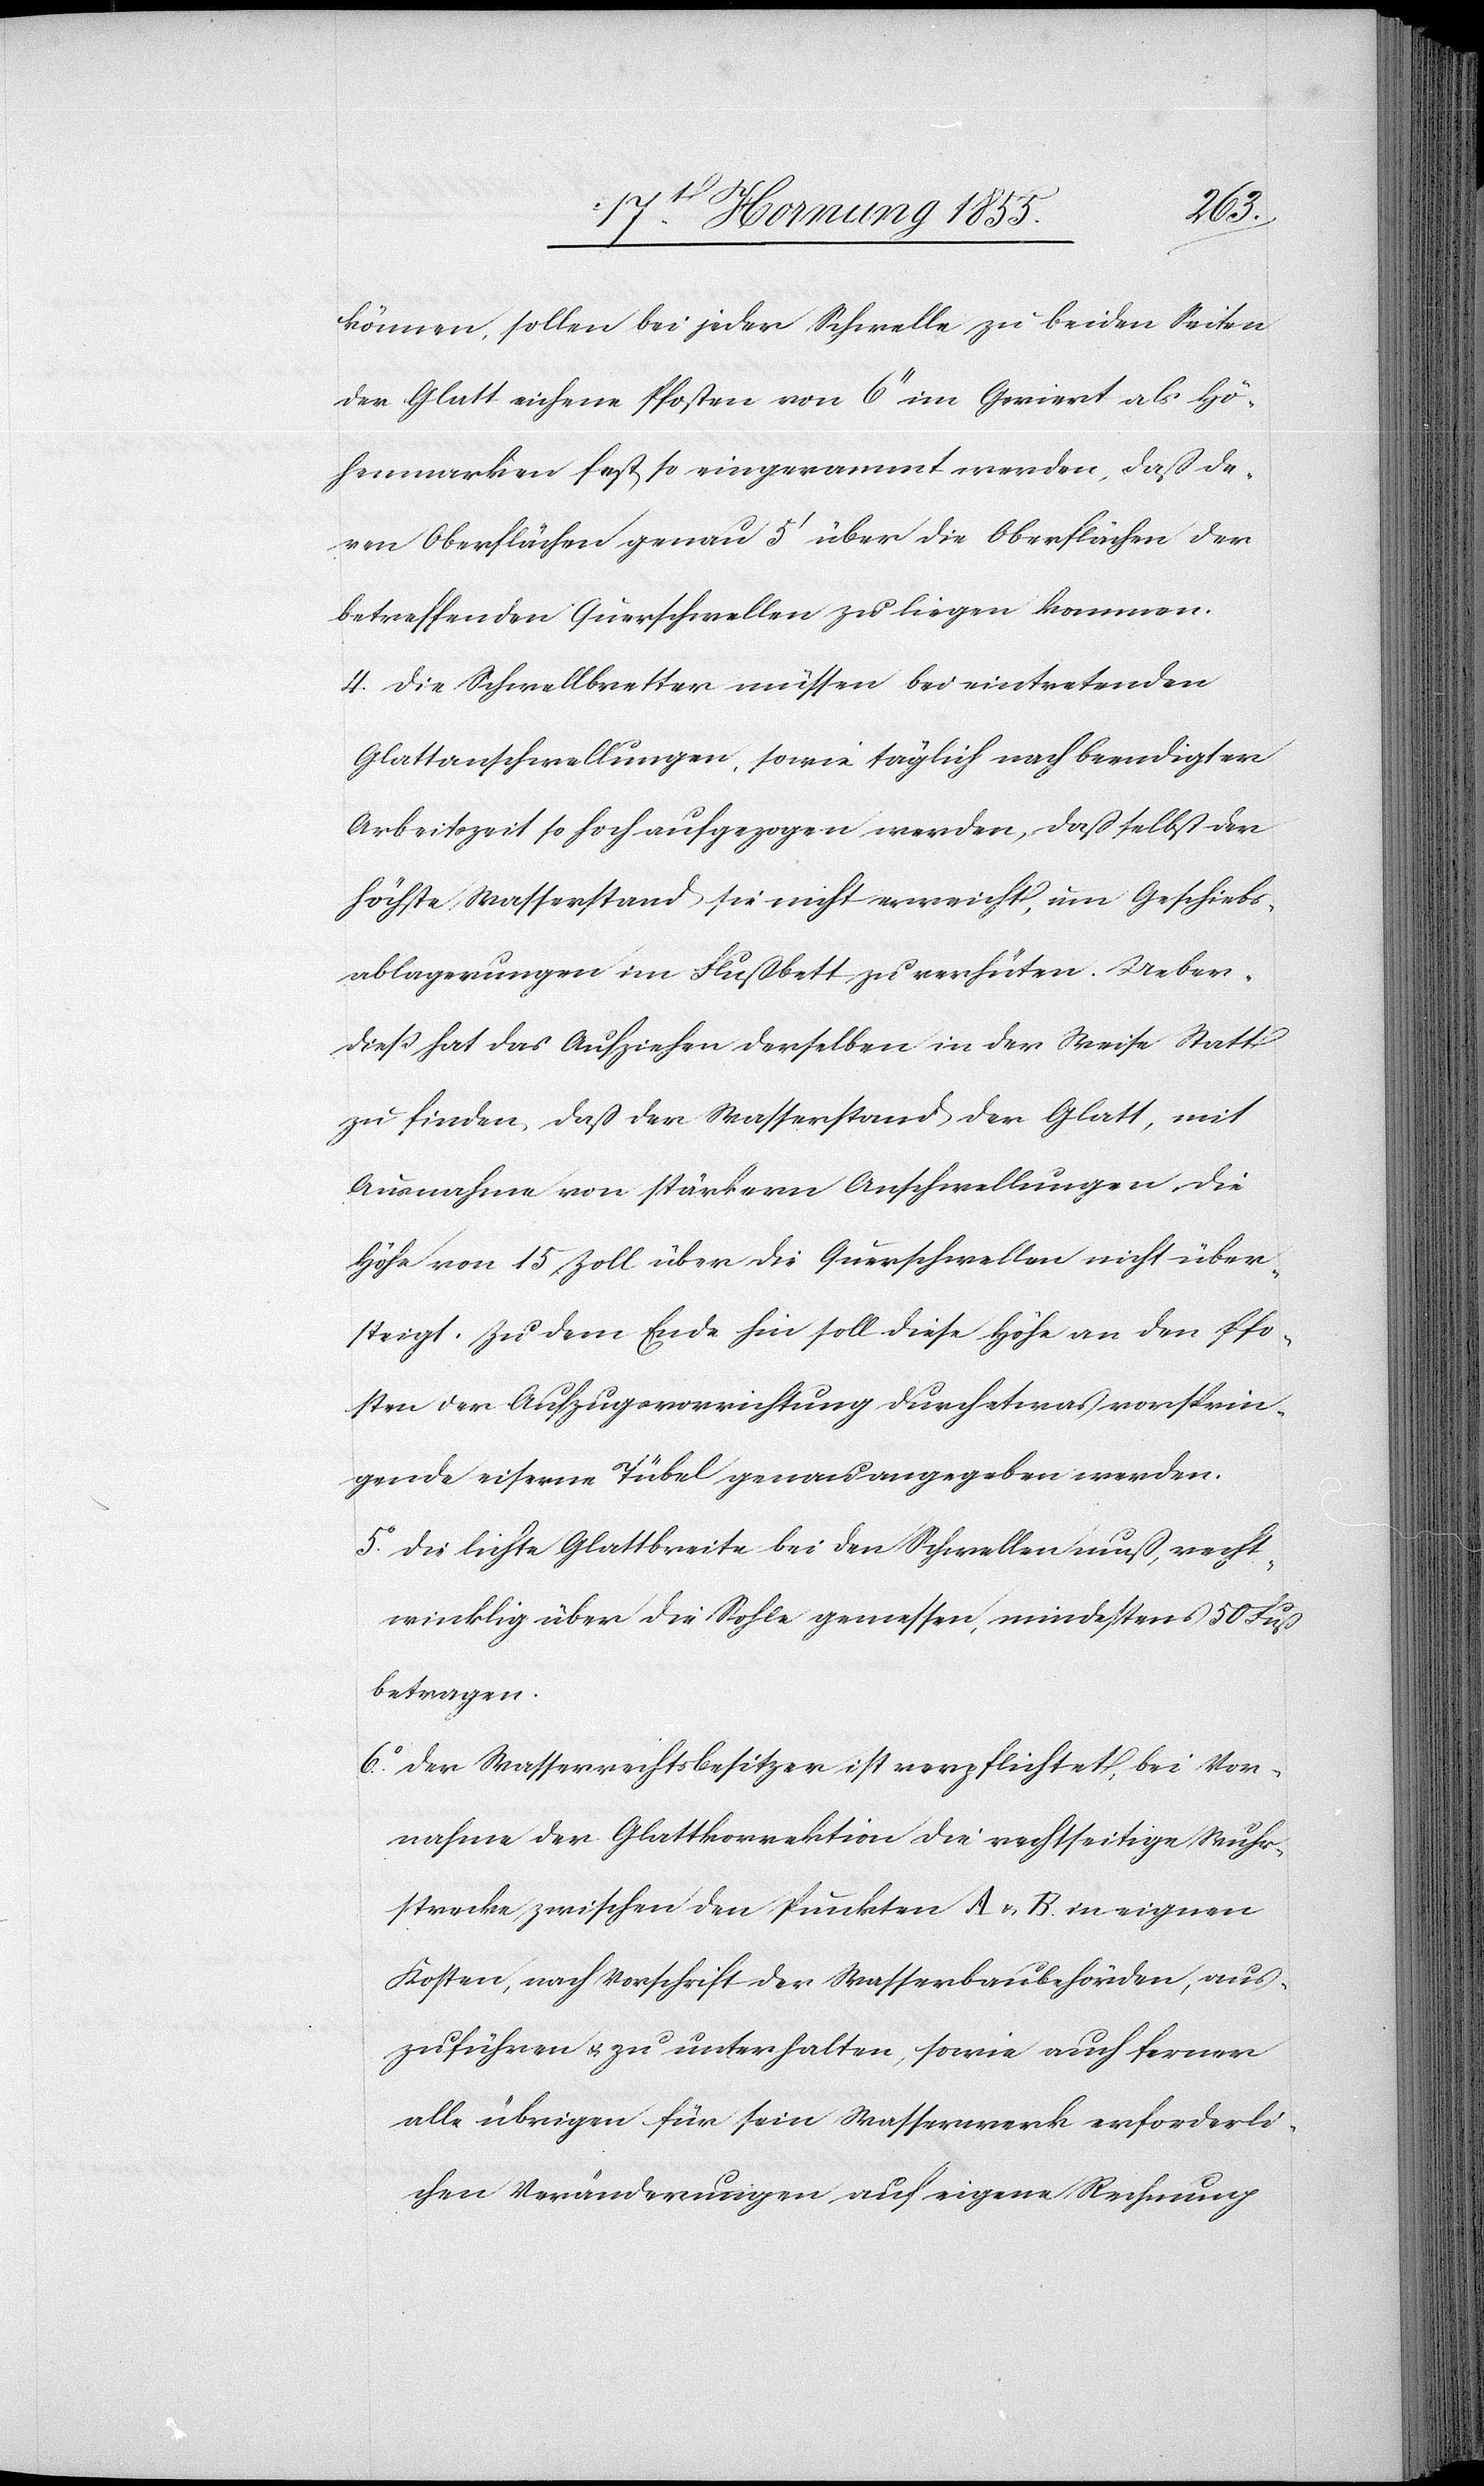
können, sollen bei jeder Schwelle zu beiden Seiten
der Glatt eichene Pfosten von 6‘‘ im Geviert als Hö¬
henmarken fest so eingerammt werden, daß de¬
ren Oberflächen genau 5‘ über die Oberflächen der
betreffenden Querschwellen zu liegen kommen.
Die Schwellbretter müssen bei eintretenden
Glattanschwellungen, sowie täglich nach beendigter
Arbeitszeit so hoch aufgezogen werden, daß selbst der
höchste Wasserstand sie nicht erreicht, um Geschiebs¬
ablagerungen im Flußbett zu verhüten. Ueber¬
dieß hat das Aufziehen derselben in der Weise Statt
zu finden, daß der Wasserstand der Glatt, mit
Ausnahme von stärkern Anschwellungen, die
Höhe von 15 Zoll über die Querschwellen nicht über¬
steigt. Zu dem Ende hin soll diese Höhe an den Pfo¬
sten der Aufzugsvorrichtung durch etwas vorsprin¬
gende eiserne Tübel genau angegeben werden.
Die lichte Glattbreite bei den Schwellen muß, recht¬
winklig über die Sohle gemessen, mindestens 50 Fuß
betragen.
Der Wasserrechtsbesitzer ist verpflichtet, bei Vor¬
nahme der Glattkorrektion die rechtseitige Wuhr¬
strecke zwischen den Punkten A & B. in eignen
Kosten, nach Vorschrift der Wasserbaubehörden, aus¬
zuführen & zu unterhalten, sowie auch ferner
alle übrigen für sein Wasserwerk erforderli¬
chen Veränderungen auf eigene Rechnung